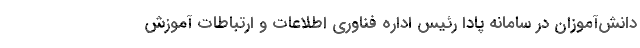
دانش‌آموزان در سامانه پادا رئیس اداره فناوری اطلاعات و ارتباطات آموزش